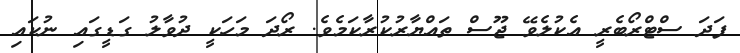
ފަދަ ސްޓްރޯޯބެރީ އެކުލެވޭ ޖޫސް ތައްޔާރުކުރާކަމެވެ. ރޯދަ މަހަކީ ދުވާލު ގަޑީގައި ނުކައި